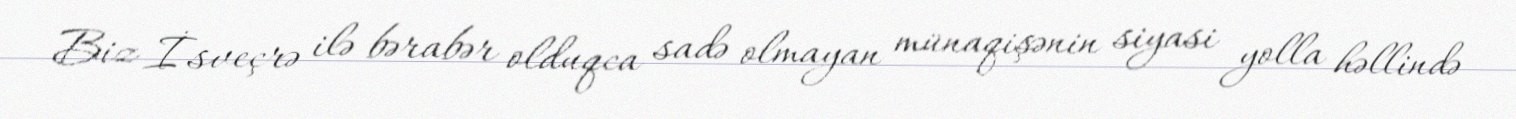
Biz İsveçrə ilə bərabər olduqca sadə olmayan münaqişənin siyasi yolla həllində